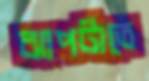
ঝাপটাতে